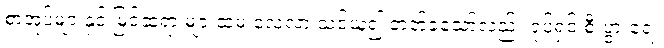
စာအုပ်များနှင့် မြင်ဆရာ များထံမှ လေ့လာ သင်ယူ၍ တတ်ခဲ့သော်လည်း ရုပ်ရှင် စီးပွားရေး